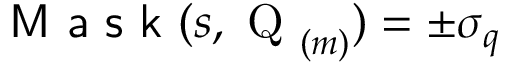
\textsf { M a s k } ( s , \mathrm { ~ Q ~ } _ { ( m ) } ) = \pm \sigma _ { q }